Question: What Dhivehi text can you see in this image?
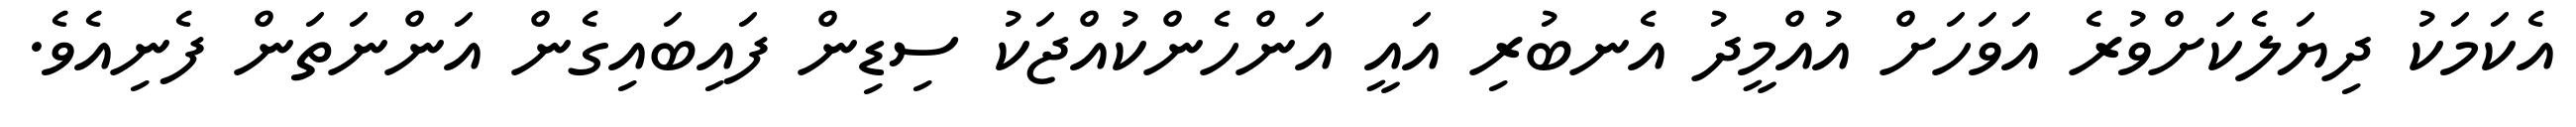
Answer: އެކަމަކު ދިޔަލެކަށްވުރެ އަވަހަށް އުއްމީދު އެނބުރި އައީ އަންހެންކުއްޖަކު ސިޑިން ފައިބައިގެން އަންނަތަން ފެނިއެވެ.